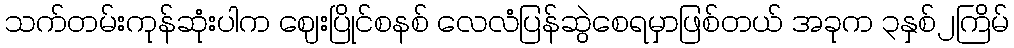
သက်တမ်းကုန်ဆုံးပါက ဈေးပြိုင်စနစ် လေလံပြန်ဆွဲစေရမှာဖြစ်တယ် အခုက ၃နှစ်၂ကြိမ်